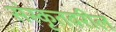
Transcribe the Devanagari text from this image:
संस्कृतवरील